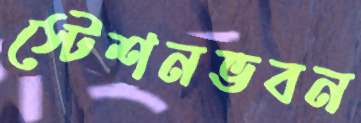
স্টেশনভবন